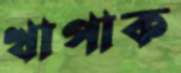
খাপাক